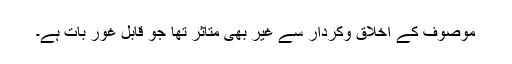
موصوف کے اخلاق وکردار سے غیر بھی متاثر تھا جو قابل غور بات ہے۔